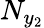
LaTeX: N_{y_{2}}